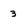
Character: 3